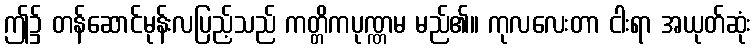
ဤ၌ တန်ဆောင်မုန်းလပြည့်သည် ကတ္တိကပုဏ္ဏမ မည်၏။ ကုလလေးတာ ငါးရာ အယုတ်ဆုံး